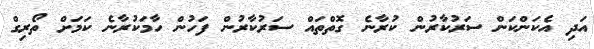
އަދި އެކަންކަން ސަރުކާރުން ކުރާނެ ގޮތްތައް ސަރުކާރުން ފަހުން ހާމަކުރާނެ ކަމަށް ތޯރިގް